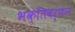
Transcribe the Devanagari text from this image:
भक्तिवर्णन